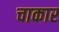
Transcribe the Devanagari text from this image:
चाकार